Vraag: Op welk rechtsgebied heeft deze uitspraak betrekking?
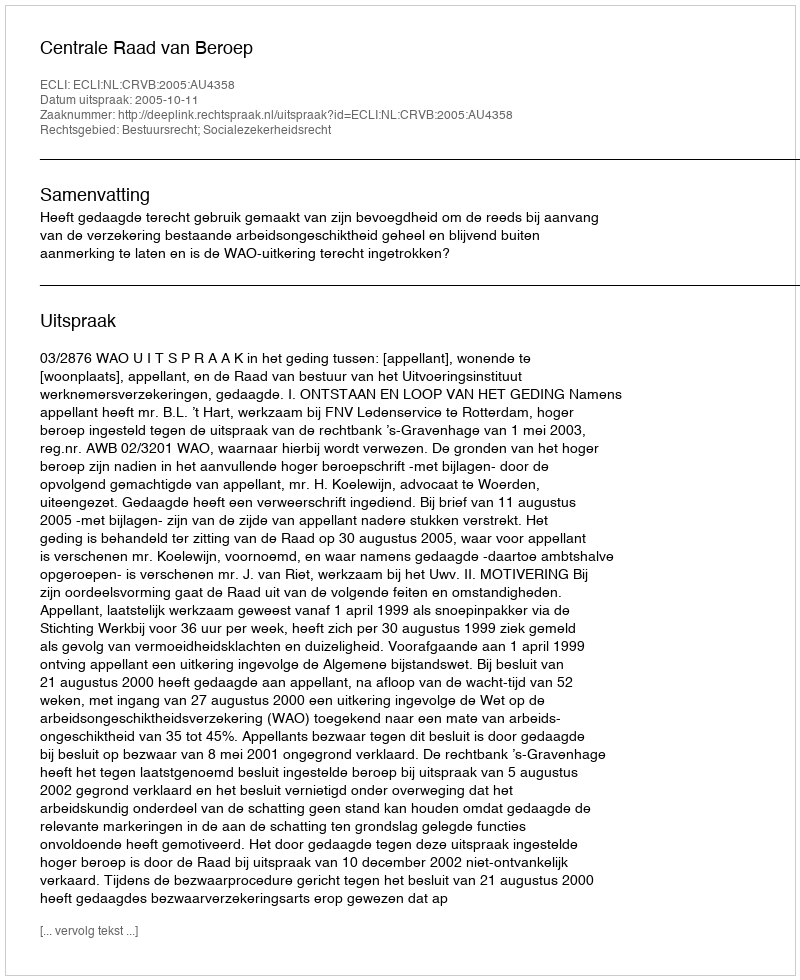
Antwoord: Bestuursrecht; Socialezekerheidsrecht